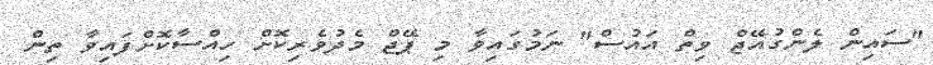
"ސައިން ލެންގުއޭޖް ވިތް އައުސް" ނަމުގައިވާ މި ޕޭޖް މެދުވެރިކޮށް ހިއްސާކޮށްފައިވާ ތިން